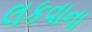
લકવાના